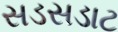
સડસડાટ